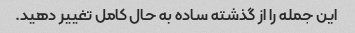
این جمله را از گذشته ساده به حال کامل تغییر دهید.